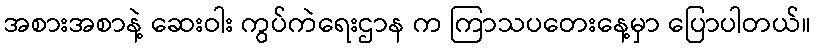
အစားအစာနဲ့ ဆေးဝါး ကွပ်ကဲရေးဌာန က ကြာသပတေးနေ့မှာ ပြောပါတယ်။